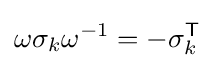
\omega \sigma _{k}\omega ^{-1}=-\sigma _{k}^{\textsf {T}}